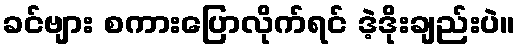
ခင်ဗျား စကားပြောလိုက်ရင် ဒဲ့ဒိုးချည်းပဲ။